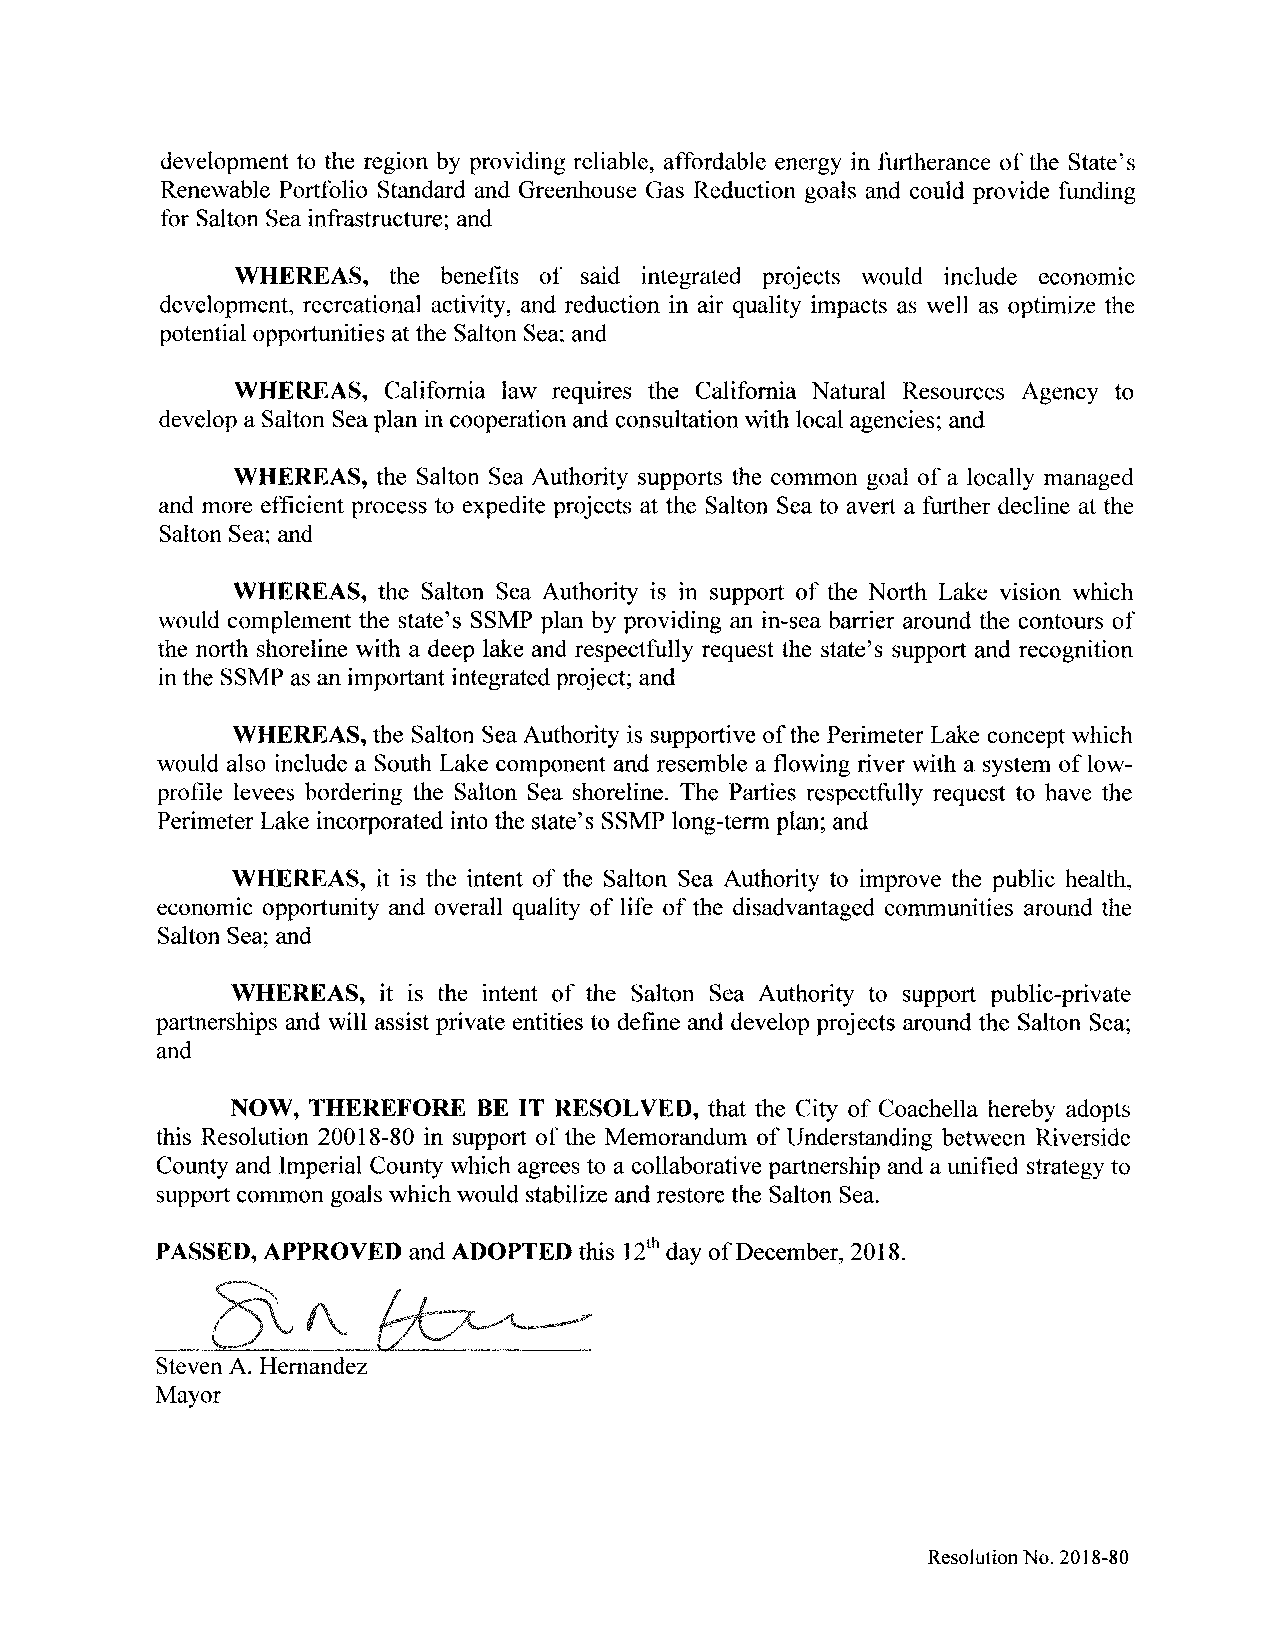
development to the region by providing reliable, affordable energy in furtherance ofthe State' s
 Renewable Portfolio Standard and Greenhouse Gas Reduction goals and could provide funding
 for Salton Sea infrastructure; and
 WHEREAS,  the benefits of said integrated projects would include economic
 development, recreational activity, and reduction in air quality impacts as well as optimize the
 potential opportunities at the Salton Sea; and
 WHEREAS,  California law requires the California Natural Resources Agency to
 develop a Salton Sea plan in cooperation and consultation with local agencies; and
 WHEREAS,  the Salton Sea Authority supports the common goal ofa locally managed
 and more efficient process to expedite projects at the Salton Sea to avert a further decline at the
 Salton Sea; and
 WHEREAS,  the Salton Sea Authority is in support of the North Lake vision which
 would complement the state' s SSMP plan by providing an in -sea barrier around the contours of
 the north shoreline with a deep lake and respectfully request the state's support and recognition
 in the SSMP as an important integrated project; and
 WHEREAS,  the Salton Sea Authority is supportive ofthe Perimeter Lake concept which
 would also include a South Lake component and resemble a flowing river with a system oflow -
 profile levees bordering the Salton Sea shoreline. The Parties respectfully request to have the
 Perimeter Lake incorporated into the state' s SSMP long-term plan; and
 WHEREAS,  it is the intent of the Salton Sea Authority to improve the public health,
 economic opportunity and overall quality of life of the disadvantaged communities around the
 Salton Sea; and
 WHEREAS,  it is the intent of the Salton Sea Authority to support public-private
 partnerships and will assist private entities to define and develop projects around the Salton Sea;
 and
 NOW, THEREFORE   BE IT RESOLVED, that the City of Coachella hereby adopts
 this Resolution 20018-80 in support of the Memorandum of Understanding between Riverside
 County and Imperial County which agrees to a collaborative partnership and a unified strategy to
 support common goals which would stabilize and restore the Salton Sea.
 PASSED, APPROVED and ADOPTED this 12th day ofDecember, 2018.
 Steven A. Hernandez
 Mayor
 Resolution No. 2018-80